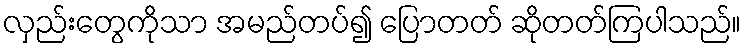
လှည်းတွေကိုသာ အမည်တပ်၍ ပြောတတ် ဆိုတတ်ကြပါသည်။